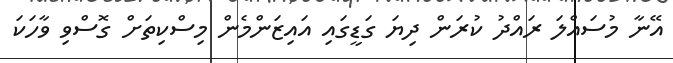
އޭނާ މުސައްލަ ރައްދު ކުރަން ދިޔަ ގަޑީގައި އައިޒަންމެން މިސްކިތަށް ގޮސްވި ވާހަކަ